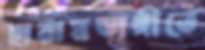
হারামডাঙ্গীতে